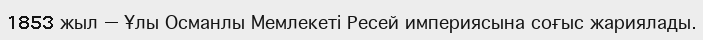
1853 жыл — Ұлы Османлы Мемлекеті Ресей империясына соғыс жариялады.